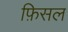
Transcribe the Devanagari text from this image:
फ़िसल